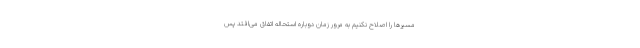
مسیرها را اصلاح نکنیم به مرور زمان دوباره استحاله اتفاق می‌افتد پس